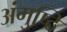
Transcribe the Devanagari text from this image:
अंगुष्ठि